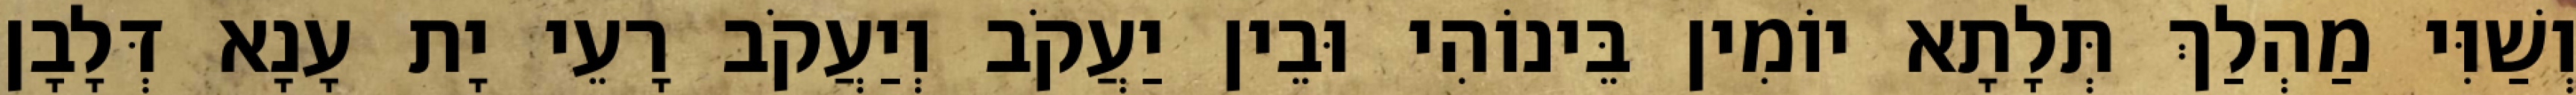
וְשַׁוִּי מַהְלַךְ תְּלָתָא יוֹמִין בֵּינוֹהִי וּבֵין יַעֲקֹב וְיַעֲקֹב רָעֵי יָת עָנָא דְּלָבָן